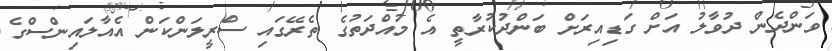
ވަންދެން ދުވާލު އަށް ގަޑިއިރަށް ބަންދުކުރާތީ އެ މުއްދަތުގެ ތެރޭގައި ސްރީލަންކަން އެއާލައިންސްގެ